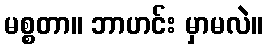
မစ္စတာ။ ဘာဟင်း မှာမလဲ။